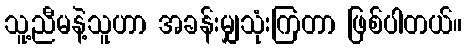
သူ့ညီမနဲ့သူဟာ အခန်းမျှသုံးကြတာ ဖြစ်ပါတယ်။